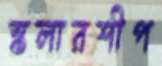
স্কলারশীপ